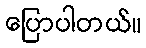
ပြောပါတယ်။